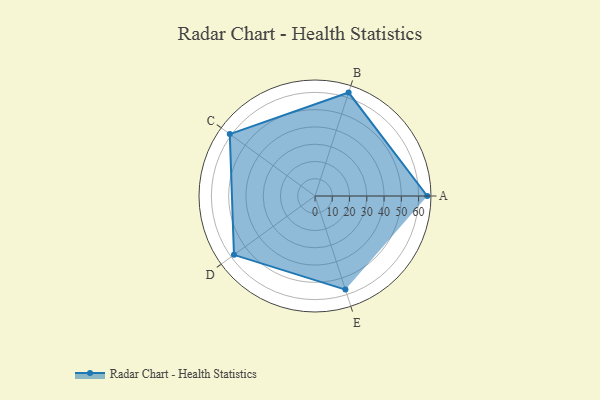
{"axis": {"x": "Skill", "y": "Score"}, "legend": ["Profile"], "data": [{"x": "A", "y": 65.0, "type": "Profile"}, {"x": "B", "y": 63.0, "type": "Profile"}, {"x": "C", "y": 61.0, "type": "Profile"}, {"x": "D", "y": 58.0, "type": "Profile"}, {"x": "E", "y": 57.0, "type": "Profile"}]}